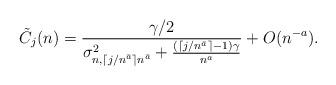
LaTeX: \begin{align*}\tilde{C}_j(n) = \frac{\gamma/2}{\sigma_{n,\lceil j/n^{\bar{a}}\rceil n^{\bar{a}}}^2 + \frac{(\lceil j/n^{\bar{a}}\rceil-1)\gamma}{n^a}} + O(n^{-a}).\end{align*}